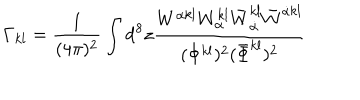
LaTeX: \Gamma _ { k l } = \frac { 1 } { ( 4 \pi ) ^ { 2 } } \int \mathrm { d } ^ { 8 } z \frac { W ^ { \alpha k l } W _ { \alpha } ^ { k l } \bar { W } _ { \dot { \alpha } } ^ { k l } \bar { W } ^ { \dot { \alpha } k l } } { ( \Phi ^ { k l } ) ^ { 2 } ( \bar { \Phi } ^ { k l } ) ^ { 2 } }